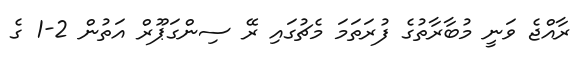
ރާއްޖެ ވަނީ މުބާރާތުގެ ފުރަތަމަ މެޗުގައި ރޭ ސިންގަޕޫރް އަތުން 2-1 ގެ